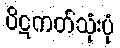
ပိဋကတ်သုံးပုံ